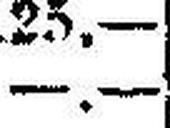
—.—